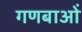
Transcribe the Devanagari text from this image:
गणबाओं